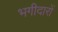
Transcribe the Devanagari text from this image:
भगीदारों